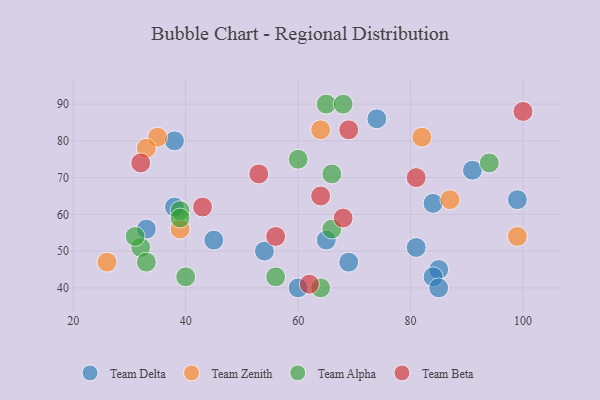
{"axis": {"x": "GDP", "y": "Life Expectancy"}, "legend": ["Team Alpha", "Team Beta", "Team Delta", "Team Zenith"], "data": [{"x": "65", "y": 53, "type": "Team Delta"}, {"x": "45", "y": 53, "type": "Team Delta"}, {"x": "85", "y": 45, "type": "Team Delta"}, {"x": "38", "y": 80, "type": "Team Delta"}, {"x": "60", "y": 40, "type": "Team Delta"}, {"x": "91", "y": 72, "type": "Team Delta"}, {"x": "84", "y": 63, "type": "Team Delta"}, {"x": "74", "y": 86, "type": "Team Delta"}, {"x": "69", "y": 47, "type": "Team Delta"}, {"x": "81", "y": 51, "type": "Team Delta"}, {"x": "84", "y": 43, "type": "Team Delta"}, {"x": "33", "y": 56, "type": "Team Delta"}, {"x": "38", "y": 62, "type": "Team Delta"}, {"x": "99", "y": 64, "type": "Team Delta"}, {"x": "54", "y": 50, "type": "Team Delta"}, {"x": "85", "y": 40, "type": "Team Delta"}, {"x": "87", "y": 64, "type": "Team Zenith"}, {"x": "35", "y": 81, "type": "Team Zenith"}, {"x": "99", "y": 54, "type": "Team Zenith"}, {"x": "64", "y": 83, "type": "Team Zenith"}, {"x": "39", "y": 56, "type": "Team Zenith"}, {"x": "82", "y": 81, "type": "Team Zenith"}, {"x": "33", "y": 78, "type": "Team Zenith"}, {"x": "26", "y": 47, "type": "Team Zenith"}, {"x": "64", "y": 40, "type": "Team Alpha"}, {"x": "40", "y": 43, "type": "Team Alpha"}, {"x": "65", "y": 90, "type": "Team Alpha"}, {"x": "66", "y": 71, "type": "Team Alpha"}, {"x": "32", "y": 51, "type": "Team Alpha"}, {"x": "39", "y": 61, "type": "Team Alpha"}, {"x": "33", "y": 47, "type": "Team Alpha"}, {"x": "39", "y": 59, "type": "Team Alpha"}, {"x": "66", "y": 56, "type": "Team Alpha"}, {"x": "60", "y": 75, "type": "Team Alpha"}, {"x": "94", "y": 74, "type": "Team Alpha"}, {"x": "68", "y": 90, "type": "Team Alpha"}, {"x": "31", "y": 54, "type": "Team Alpha"}, {"x": "56", "y": 43, "type": "Team Alpha"}, {"x": "64", "y": 65, "type": "Team Beta"}, {"x": "43", "y": 62, "type": "Team Beta"}, {"x": "56", "y": 54, "type": "Team Beta"}, {"x": "62", "y": 41, "type": "Team Beta"}, {"x": "81", "y": 70, "type": "Team Beta"}, {"x": "69", "y": 83, "type": "Team Beta"}, {"x": "32", "y": 74, "type": "Team Beta"}, {"x": "100", "y": 88, "type": "Team Beta"}, {"x": "68", "y": 59, "type": "Team Beta"}, {"x": "53", "y": 71, "type": "Team Beta"}]}